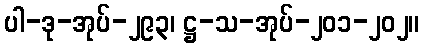
ပါ-ဒု-အုပ်-၂၉၃၊ ဋ္ဌ-သ-အုပ်-၂၀၁-၂၀၂။